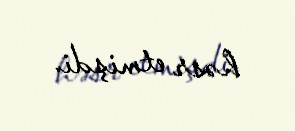
həsr etmişdi.